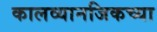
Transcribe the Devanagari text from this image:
कालव्यानजिकच्या